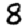
Digit: 8